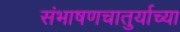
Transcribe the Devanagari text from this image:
संभाषणचातुर्याच्या